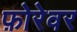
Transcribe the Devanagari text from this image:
फ़ोरेवर